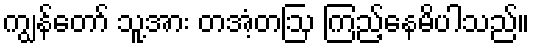
ကျွန်တော် သူ့အား တအံ့တဩ ကြည့်နေမိပါသည်။